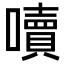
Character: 𡂝